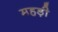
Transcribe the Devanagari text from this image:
महड़ी